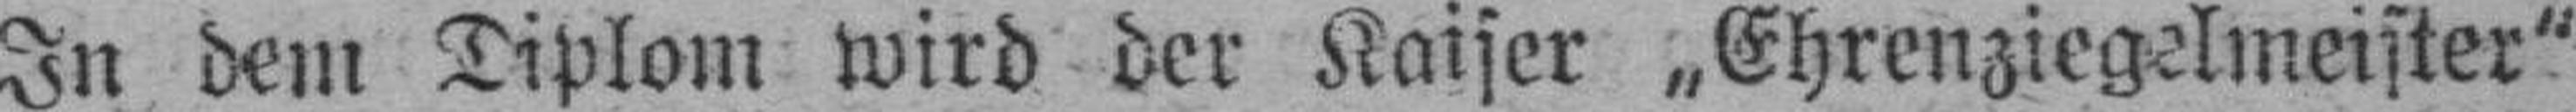
In dem Diplom wird der Kaiser „Ehrenziegelmeister"